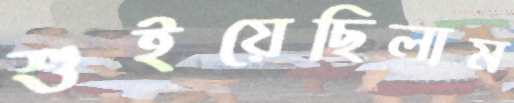
শুইয়েছিলাম